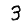
Digit: 3